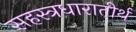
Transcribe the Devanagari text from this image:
सहस्त्रधारातीर्थ